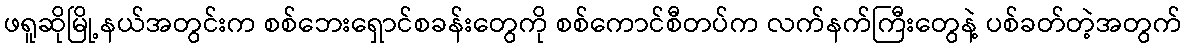
ဖရူဆိုမြို့နယ်အတွင်းက စစ်ဘေးရှောင်စခန်းတွေကို စစ်ကောင်စီတပ်က လက်နက်ကြီးတွေနဲ့ ပစ်ခတ်တဲ့အတွက်